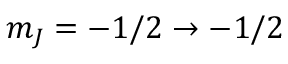
m _ { J } = - 1 / 2 \rightarrow - 1 / 2